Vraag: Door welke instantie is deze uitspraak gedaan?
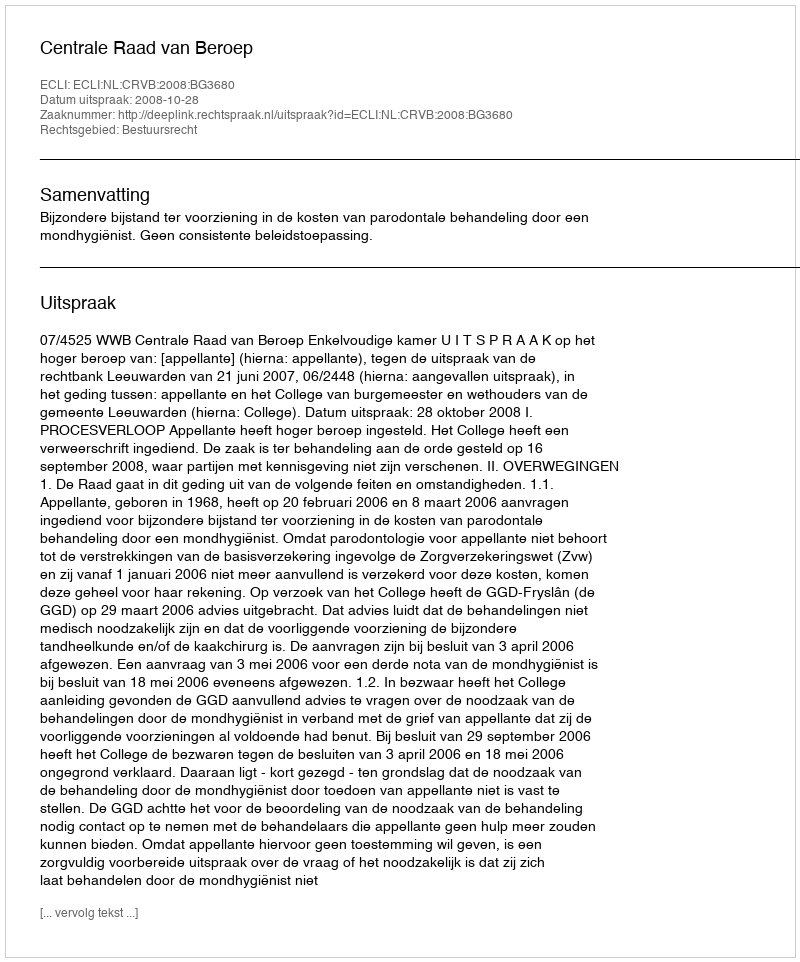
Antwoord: Centrale Raad van Beroep